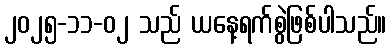
၂၀၂၅-၁၁-၀၂ သည် ယနေ့ရက်စွဲဖြစ်ပါသည်။